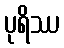
ပုရိဿ